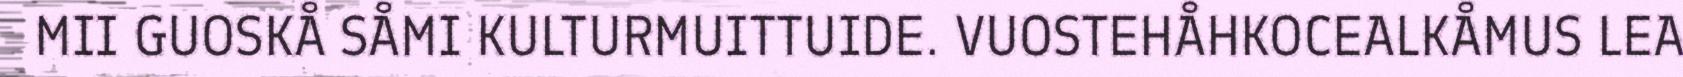
MII GUOSKÅ SÅMI KULTURMUITTUIDE. VUOSTEHÅHKOCEALKÅMUS LEA